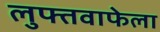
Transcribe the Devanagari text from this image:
लुफ्तवाफेला